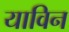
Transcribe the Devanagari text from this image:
याविन